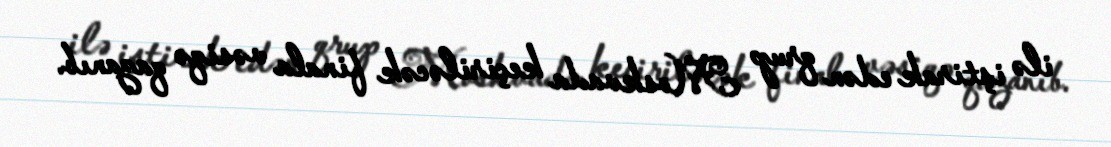
ilə iştirak edən qrup Moskvada keçiriləcək finala vəsiqə qazanıb.